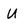
Character: U